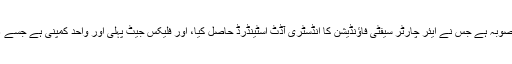
فلیکس جیٹ کا جزوی ہوائی جہاز پروگرام دنیا کا پہلا منصوبہ ہے جس نے ایئر چارٹر سیفٹی فاؤنڈیشن کا انڈسٹری آڈٹ اسٹینڈرڈ حاصل کیا، اور فلیکس جیٹ پہلی اور واحد کمپنی ہے جسے 16 واں ایف اے اے ڈائمنڈ ایوارڈ فار ایکسی لینس ملا ہے۔